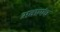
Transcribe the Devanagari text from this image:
भवप्रपंच